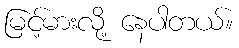
မြင့်မားလို့ နေပါတယ်။